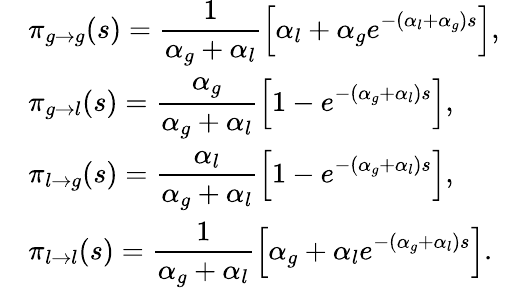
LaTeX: \begin{array}{rlr}&{\displaystyle\pi_{g\to g}(s)=\frac{1}{\alpha_{g}+\alpha_{l}}\left[\alpha_{l}+\alpha_{g}e^{-(\alpha_{l}+\alpha_{g})s}\right],}&\\ &{\displaystyle\pi_{g\to l}(s)=\frac{\alpha_{g}}{\alpha_{g}+\alpha_{l}}\left[1-e^{-(\alpha_{g}+\alpha_{l})s}\right],}&\\ &{\displaystyle\pi_{l\to g}(s)=\frac{\alpha_{l}}{\alpha_{g}+\alpha_{l}}\left[1-e^{-(\alpha_{g}+\alpha_{l})s}\right],}&\\ &{\displaystyle\pi_{l\to l}(s)=\frac{1}{\alpha_{g}+\alpha_{l}}\left[\alpha_{g}+\alpha_{l}e^{-(\alpha_{g}+\alpha_{l})s}\right].}&\end{array}